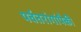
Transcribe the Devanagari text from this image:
पर्वतरांगांपैकी